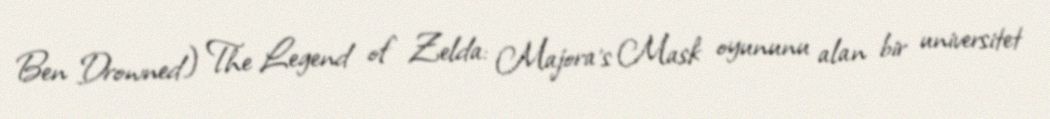
Ben Drowned) The Legend of Zelda: Majora's Mask oyununu alan bir universitet